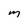
Character: M